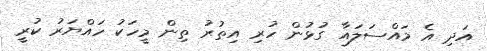
އަދި އެ މައްސަލައާ ގުޅުން ހުރި އިތުރު ތިން މީހަކު ހައްޔަރު ކުރީ